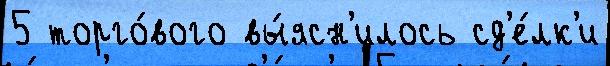
5 торго́вого вы́ясн'илось сд'е́лк'и